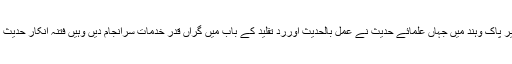
لیکن الحمد للہ اس فتنہ انکار حدیث کے رد میں برصغیر پاک وہند میں جہاں علمائے حدیث نے عمل بالحدیث اورردِّ تقلید کے باب میں گراں قدر خدمات سرانجام دیں وہیں فتنہ انکار حدیث کی تردید میں بھی اپنی تمام تر کوششیں صرف کردیں۔